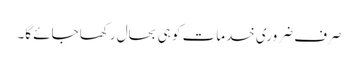
صرف ضروری خدمات کو ہی بحال رکھا جائے گا۔